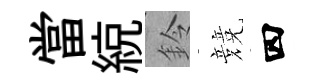
當綂鈴競四